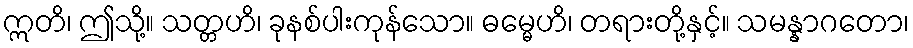
ဣတိ၊ ဤသို့။ သတ္တဟိ၊ ခုနစ်ပါးကုန်သော။ ဓမ္မေဟိ၊ တရားတို့နှင့်။ သမန္နာဂတော၊